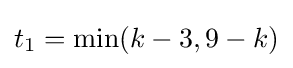
t_{1}=\min(k-3,9-k)